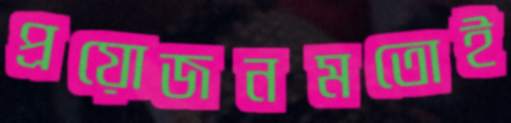
প্রয়োজনমতোই